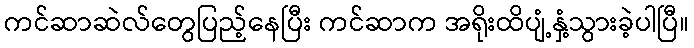
ကင်ဆာဆဲလ်တွေပြည့်နေပြီး ကင်ဆာက အရိုးထိပျံ့နှံ့သွားခဲ့ပါပြီ။